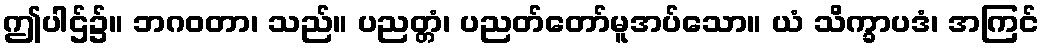
ဤပါဌ်၌။ ဘဂဝတာ၊ သည်။ ပညတ္တံ၊ ပညတ်တော်မူအပ်သော။ ယံ သိက္ခာပဒံ၊ အကြင်